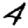
Digit: 4